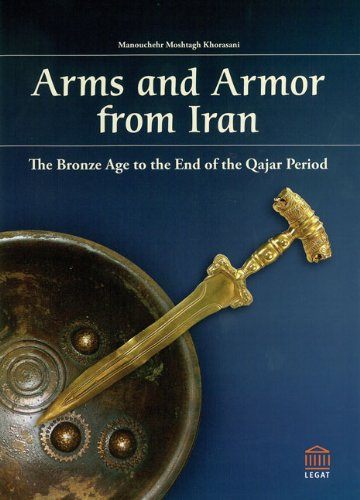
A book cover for Arms and Armor from Iran: The Bronze Age to the End of the Qajar Period; Manouchehr Moshtagh Khorasani; Crafts, Hobbies & Home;